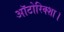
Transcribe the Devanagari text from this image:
ऑटोरिक्शा।